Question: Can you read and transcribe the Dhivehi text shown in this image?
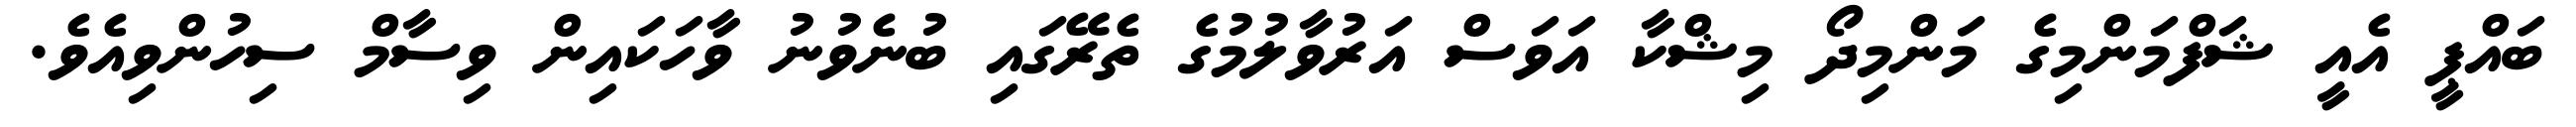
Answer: ބައްޕީ އެއީ ޝަފްމަންމިގެ މަންމިދޯ މިޝްކާ އަވަސް އަރުވާލުމުގެ ތެރޭގައި ބުނެވުނު ވާހަކައިން ވިސާމް ސިހުންވިއެވެ.